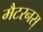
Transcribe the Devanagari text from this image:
मैटरनस्